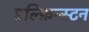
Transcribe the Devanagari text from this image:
एल्फ़िन्स्टन